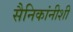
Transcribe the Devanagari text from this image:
सैनिकांनीशी